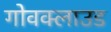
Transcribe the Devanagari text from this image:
गोवक्लाउड